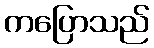
ကပြောသည်